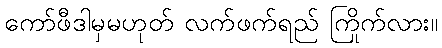
ကော်ဖီဒါမှမဟုတ် လက်ဖက်ရည် ကြိုက်လား။